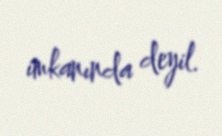
imkanında deyil.